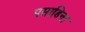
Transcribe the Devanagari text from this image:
पसाडिना